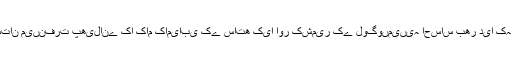
ان ٹیلی ویژن چینلوں نے ملک کا بڑا ’اپکار ‘کیا ہے￿ انھوںنے کشمیر کے لوگوںکے خلاف ہندوستان میںنفرت پھیلانے کا کام کامیابی کے ساتھ کیا اور کشمیر کے لوگوںمیںیہ احساس بھر دیا کہ ہندوستان کے لوگ کشمیر کے لوگوںکو اپنا نہیںمانتے اور انھیں غدار کے روپ میںدیکھتے ہیں۔